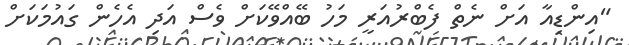
"އިންޑިއާ އަށް ނެތް ފެބްރުއަރީ މަހު ބޭއްވޭކަށް ވެސް އަދި އެހެން ގައުމަކަށް